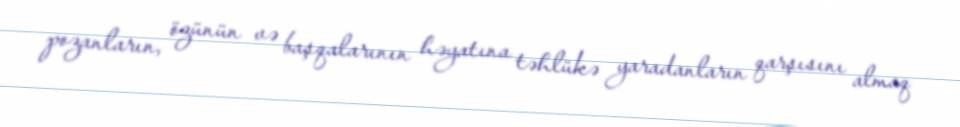
pozanların, özünün və başqalarının həyatına təhlükə yaradanların qarşısını almaq